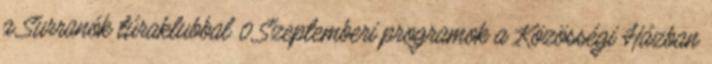
a Surranók túraklubbal 0 Szeptemberi programok a Közösségi Házban